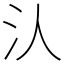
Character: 汄